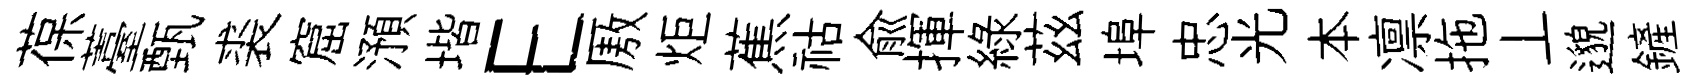
葆薹甄裘窟澦堦E厫炬蕉祜兪揮綠茲埠忠光本凛拖丄邈鏟